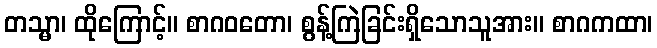
တသ္မာ၊ ထိုကြောင့်။ စာဂဝတော၊ စွန့်ကြဲခြင်းရှိသောသူအား။ စာဂကထာ၊